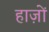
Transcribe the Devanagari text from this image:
हाज़ों